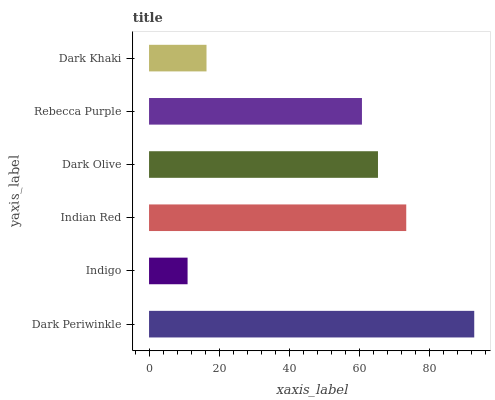
| yaxis_label | bars |
 | --- | --- |
 | Dark Periwinkle | 92.7 |
 | Indigo | 11 |
 | Indian Red | 73.3 |
 | Dark Olive | 65.3 |
 | Rebecca Purple | 60.7 |
 | Dark Khaki | 16.4 |